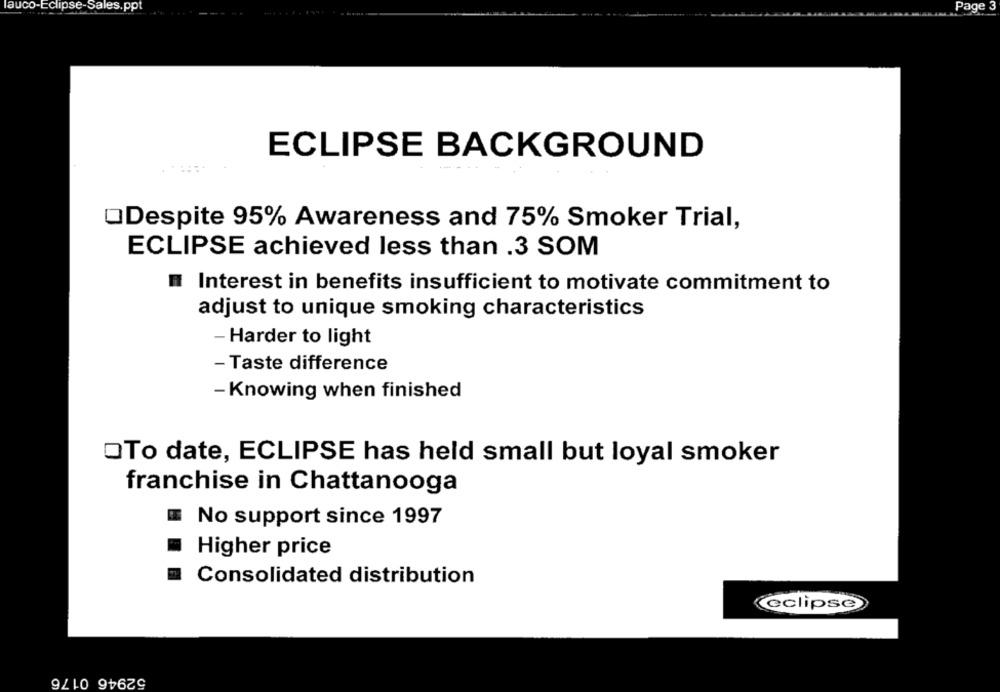
Page 3
auco-Eclipse-Sales.ppt
ECLIPSE BACKGROUND
QDespite 95% Awareness and 75% Smoker Trial,
ECLIPSE achieved less than .3 SOM
Interest in benefits insufficient to motivate commitment to
adjust to unique smoking characteristics
- Harder to light
- Taste difference
- Knowing when finished
OTo date, ECLIPSE has held small but loyal smoker
franchise in Chattanooga
No support since 1997
Higher price
Consolidated distribution
eclipse
52946 0176